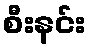
စီးနင်း